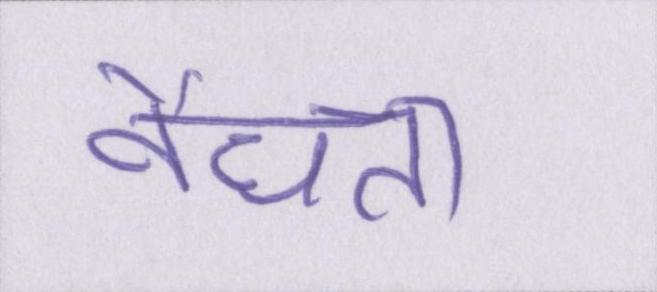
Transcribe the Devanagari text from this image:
वैधता